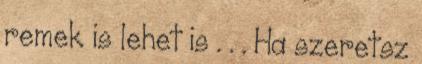
remek is lehet is . . . Ha szeretsz